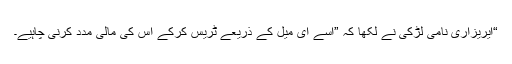
“ایریزاری نامی لڑکی نے لکھا کہ ”اسے ای میل کے ذریعے ٹریس کرکے اس کی مالی مدد کرنی چاہیے۔